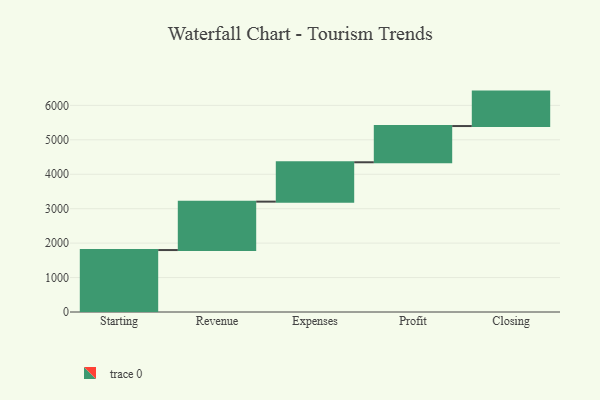
{"axis": {"x": "Step", "y": "Value"}, "legend": [""], "data": [{"x": "Starting", "y": 1799.0, "type": ""}, {"x": "Revenue", "y": 1406.0, "type": ""}, {"x": "Expenses", "y": 1143.0, "type": ""}, {"x": "Profit", "y": 1052.0, "type": ""}, {"x": "Closing", "y": 1000, "type": ""}]}